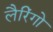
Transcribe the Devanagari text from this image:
लैरिंगो